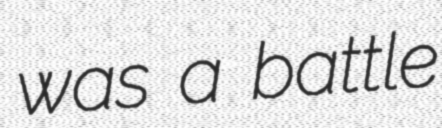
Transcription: was a battle